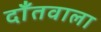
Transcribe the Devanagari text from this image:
दाँतवाला